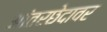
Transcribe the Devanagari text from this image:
आंतरछेदावर